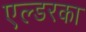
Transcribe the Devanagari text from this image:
एल्डरका